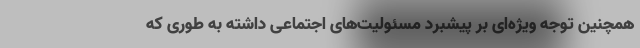
همچنین توجه ویژه‌ای بر پیشبرد مسئولیت‌های اجتماعی داشته به طوری که